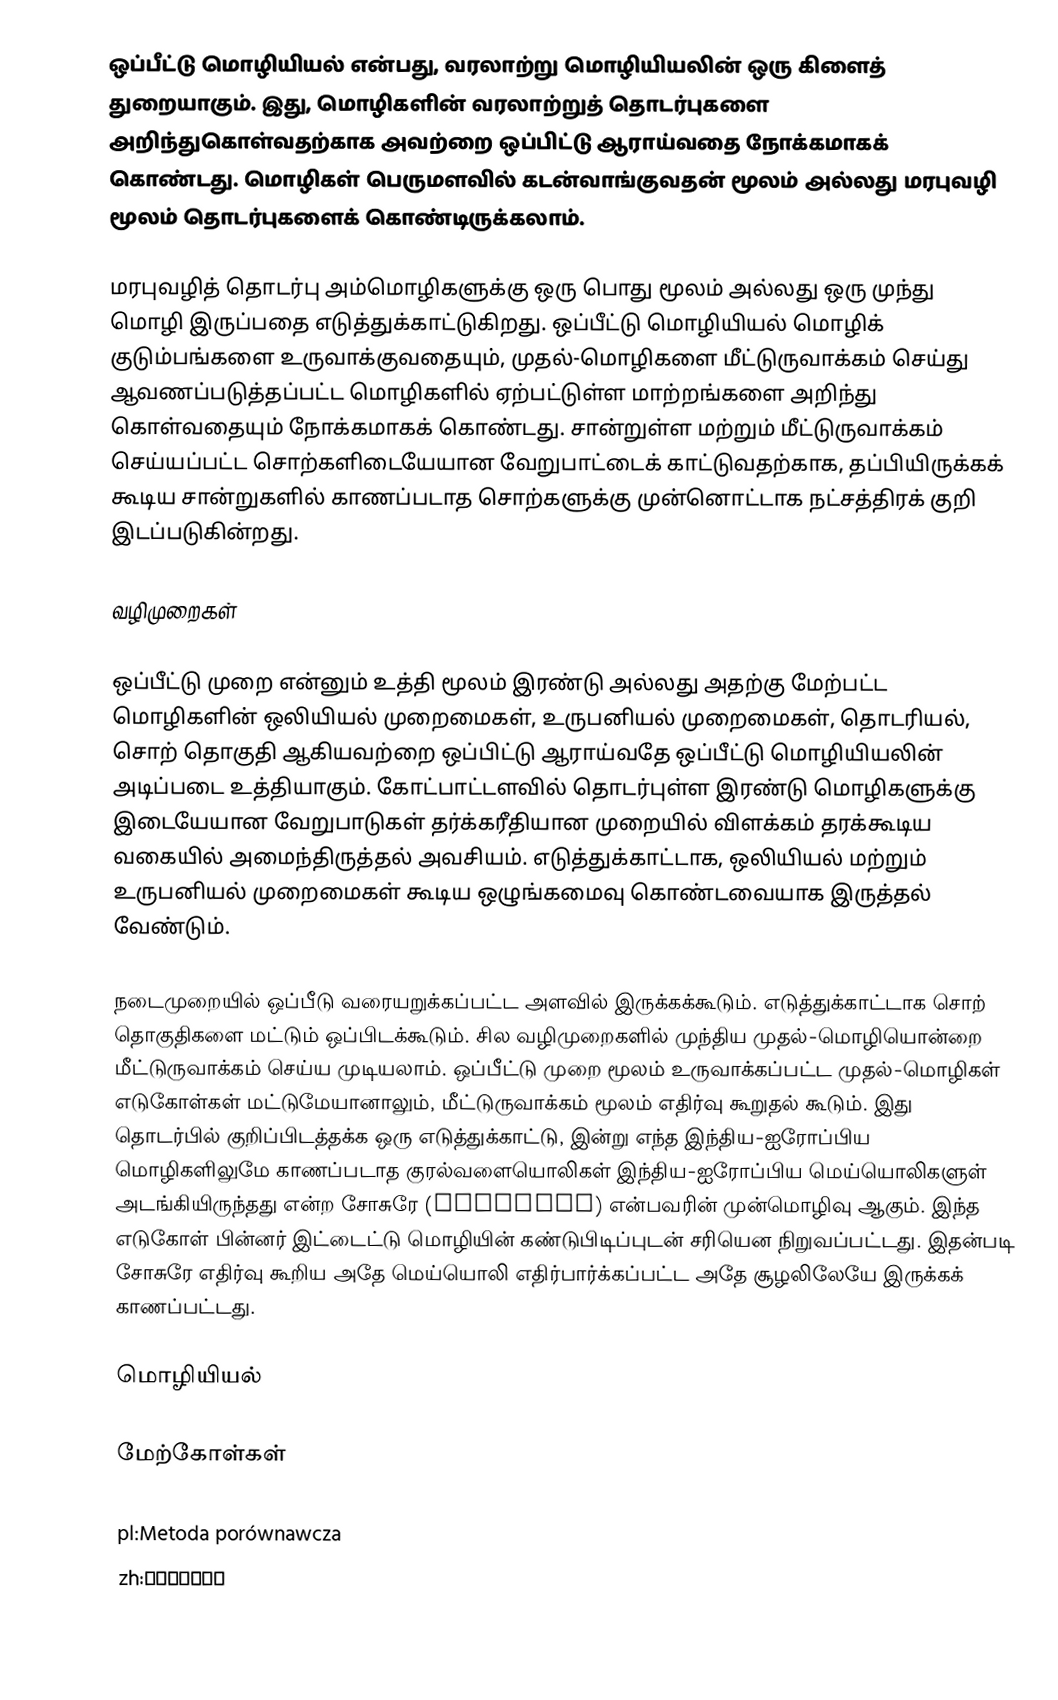
ஒப்பீட்டு மொழியியல் என்பது, வரலாற்று மொழியியலின் ஒரு கிளைத் துறையாகும். இது, மொழிகளின் வரலாற்றுத் தொடர்புகளை அறிந்துகொள்வதற்காக அவற்றை ஒப்பிட்டு ஆராய்வதை நோக்கமாகக் கொண்டது. மொழிகள் பெருமளவில் கடன்வாங்குவதன் மூலம் அல்லது மரபுவழி மூலம் தொடர்புகளைக் கொண்டிருக்கலாம்.

மரபுவழித் தொடர்பு அம்மொழிகளுக்கு ஒரு பொது மூலம் அல்லது ஒரு முந்து மொழி இருப்பதை எடுத்துக்காட்டுகிறது. ஒப்பீட்டு மொழியியல் மொழிக் குடும்பங்களை உருவாக்குவதையும், முதல்-மொழிகளை மீட்டுருவாக்கம் செய்து ஆவணப்படுத்தப்பட்ட மொழிகளில் ஏற்பட்டுள்ள மாற்றங்களை அறிந்து கொள்வதையும் நோக்கமாகக் கொண்டது. சான்றுள்ள மற்றும் மீட்டுருவாக்கம் செய்யப்பட்ட சொற்களிடையேயான வேறுபாட்டைக் காட்டுவதற்காக, தப்பியிருக்கக் கூடிய சான்றுகளில் காணப்படாத சொற்களுக்கு முன்னொட்டாக நட்சத்திரக் குறி இடப்படுகின்றது.

வழிமுறைகள்

ஒப்பீட்டு முறை என்னும் உத்தி மூலம் இரண்டு அல்லது அதற்கு மேற்பட்ட மொழிகளின் ஒலியியல் முறைமைகள், உருபனியல் முறைமைகள், தொடரியல், சொற் தொகுதி ஆகியவற்றை ஒப்பிட்டு ஆராய்வதே ஒப்பீட்டு மொழியியலின் அடிப்படை உத்தியாகும். கோட்பாட்டளவில் தொடர்புள்ள இரண்டு மொழிகளுக்கு இடையேயான வேறுபாடுகள் தர்க்கரீதியான முறையில் விளக்கம் தரக்கூடிய வகையில் அமைந்திருத்தல் அவசியம். எடுத்துக்காட்டாக, ஒலியியல் மற்றும் உருபனியல் முறைமைகள் கூடிய ஒழுங்கமைவு கொண்டவையாக இருத்தல் வேண்டும்.

நடைமுறையில் ஒப்பீடு வரையறுக்கப்பட்ட அளவில் இருக்கக்கூடும். எடுத்துக்காட்டாக சொற் தொகுதிகளை மட்டும் ஒப்பிடக்கூடும். சில வழிமுறைகளில் முந்திய முதல்-மொழியொன்றை மீட்டுருவாக்கம் செய்ய முடியலாம். ஒப்பீட்டு முறை மூலம் உருவாக்கப்பட்ட முதல்-மொழிகள் எடுகோள்கள் மட்டுமேயானாலும், மீட்டுருவாக்கம் மூலம் எதிர்வு கூறுதல் கூடும். இது தொடர்பில் குறிப்பிடத்தக்க ஒரு எடுத்துக்காட்டு, இன்று எந்த இந்திய-ஐரோப்பிய மொழிகளிலுமே காணப்படாத குரல்வளையொலிகள் இந்திய-ஐரோப்பிய மெய்யொலிகளுள் அடங்கியிருந்தது என்ற சோசுரே (Saussure) என்பவரின் முன்மொழிவு ஆகும். இந்த எடுகோள் பின்னர் இட்டைட்டு மொழியின் கண்டுபிடிப்புடன் சரியென நிறுவப்பட்டது. இதன்படி சோசுரே எதிர்வு கூறிய அதே மெய்யொலி எதிர்பார்க்கப்பட்ட அதே சூழலிலேயே இருக்கக் காணப்பட்டது.

மொழியியல்

மேற்கோள்கள்

pl:Metoda porównawcza
zh:歷史比較語言學